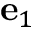
\mathbf { e } _ { 1 }